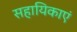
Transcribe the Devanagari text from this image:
सहायिकाएं